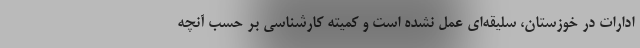
ادارات در خوزستان، سلیقه‌ای عمل نشده است و کمیته کارشناسی بر حسب آنچه